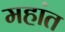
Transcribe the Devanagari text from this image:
महांत